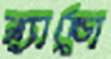
ব্র্যান্ডো